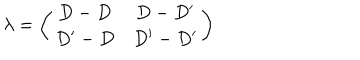
\lambda = \left( \begin{array} { c c } { { D - D } } & { { D - D ^ { \prime } } } \\ { { D ^ { \prime } - D } } & { { D ^ { \prime } - D ^ { \prime } } } \\ \end{array} \right)